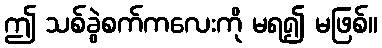
ဤ သစ်ခွဲစက်ကလေးကို မရ၍ မဖြစ်။